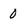
Character: 0